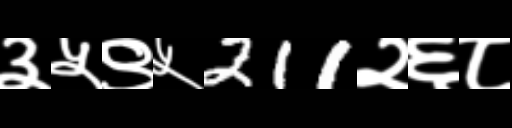
Text: ३५९५211२६८